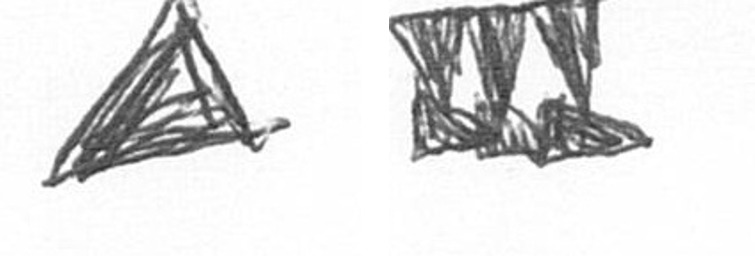
O D